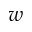
w